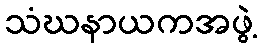
သံဃနာယကအဖွဲ့